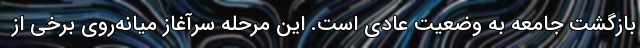
بازگشت جامعه به وضعیت عادی است. این مرحله سرآغاز میانه‌روی برخی از